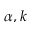
\alpha , k